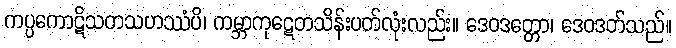
ကပ္ပကောဋိသတသဟဿံပိ၊ ကမ္ဘာကုဋေတသိန်းပတ်လုံးလည်း။ ဒေဝဒတ္တော၊ ဒေဝဒတ်သည်။